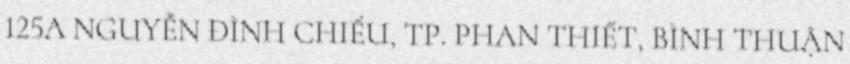
125A NGUYỄN ĐÌNH CHIỂU, TP. PHAN THIẾT, BÌNH THUẬN